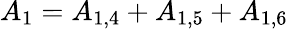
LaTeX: {A_{1}}={A_{1,4}}+{A_{1,5}}+{A_{1,6}}